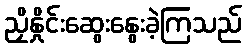
ညှိနှိုင်းဆွေးနွေးခဲ့ကြသည်